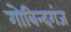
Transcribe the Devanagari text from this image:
गोबिन्दगंज